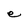
Character: e